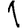
Digit: 1